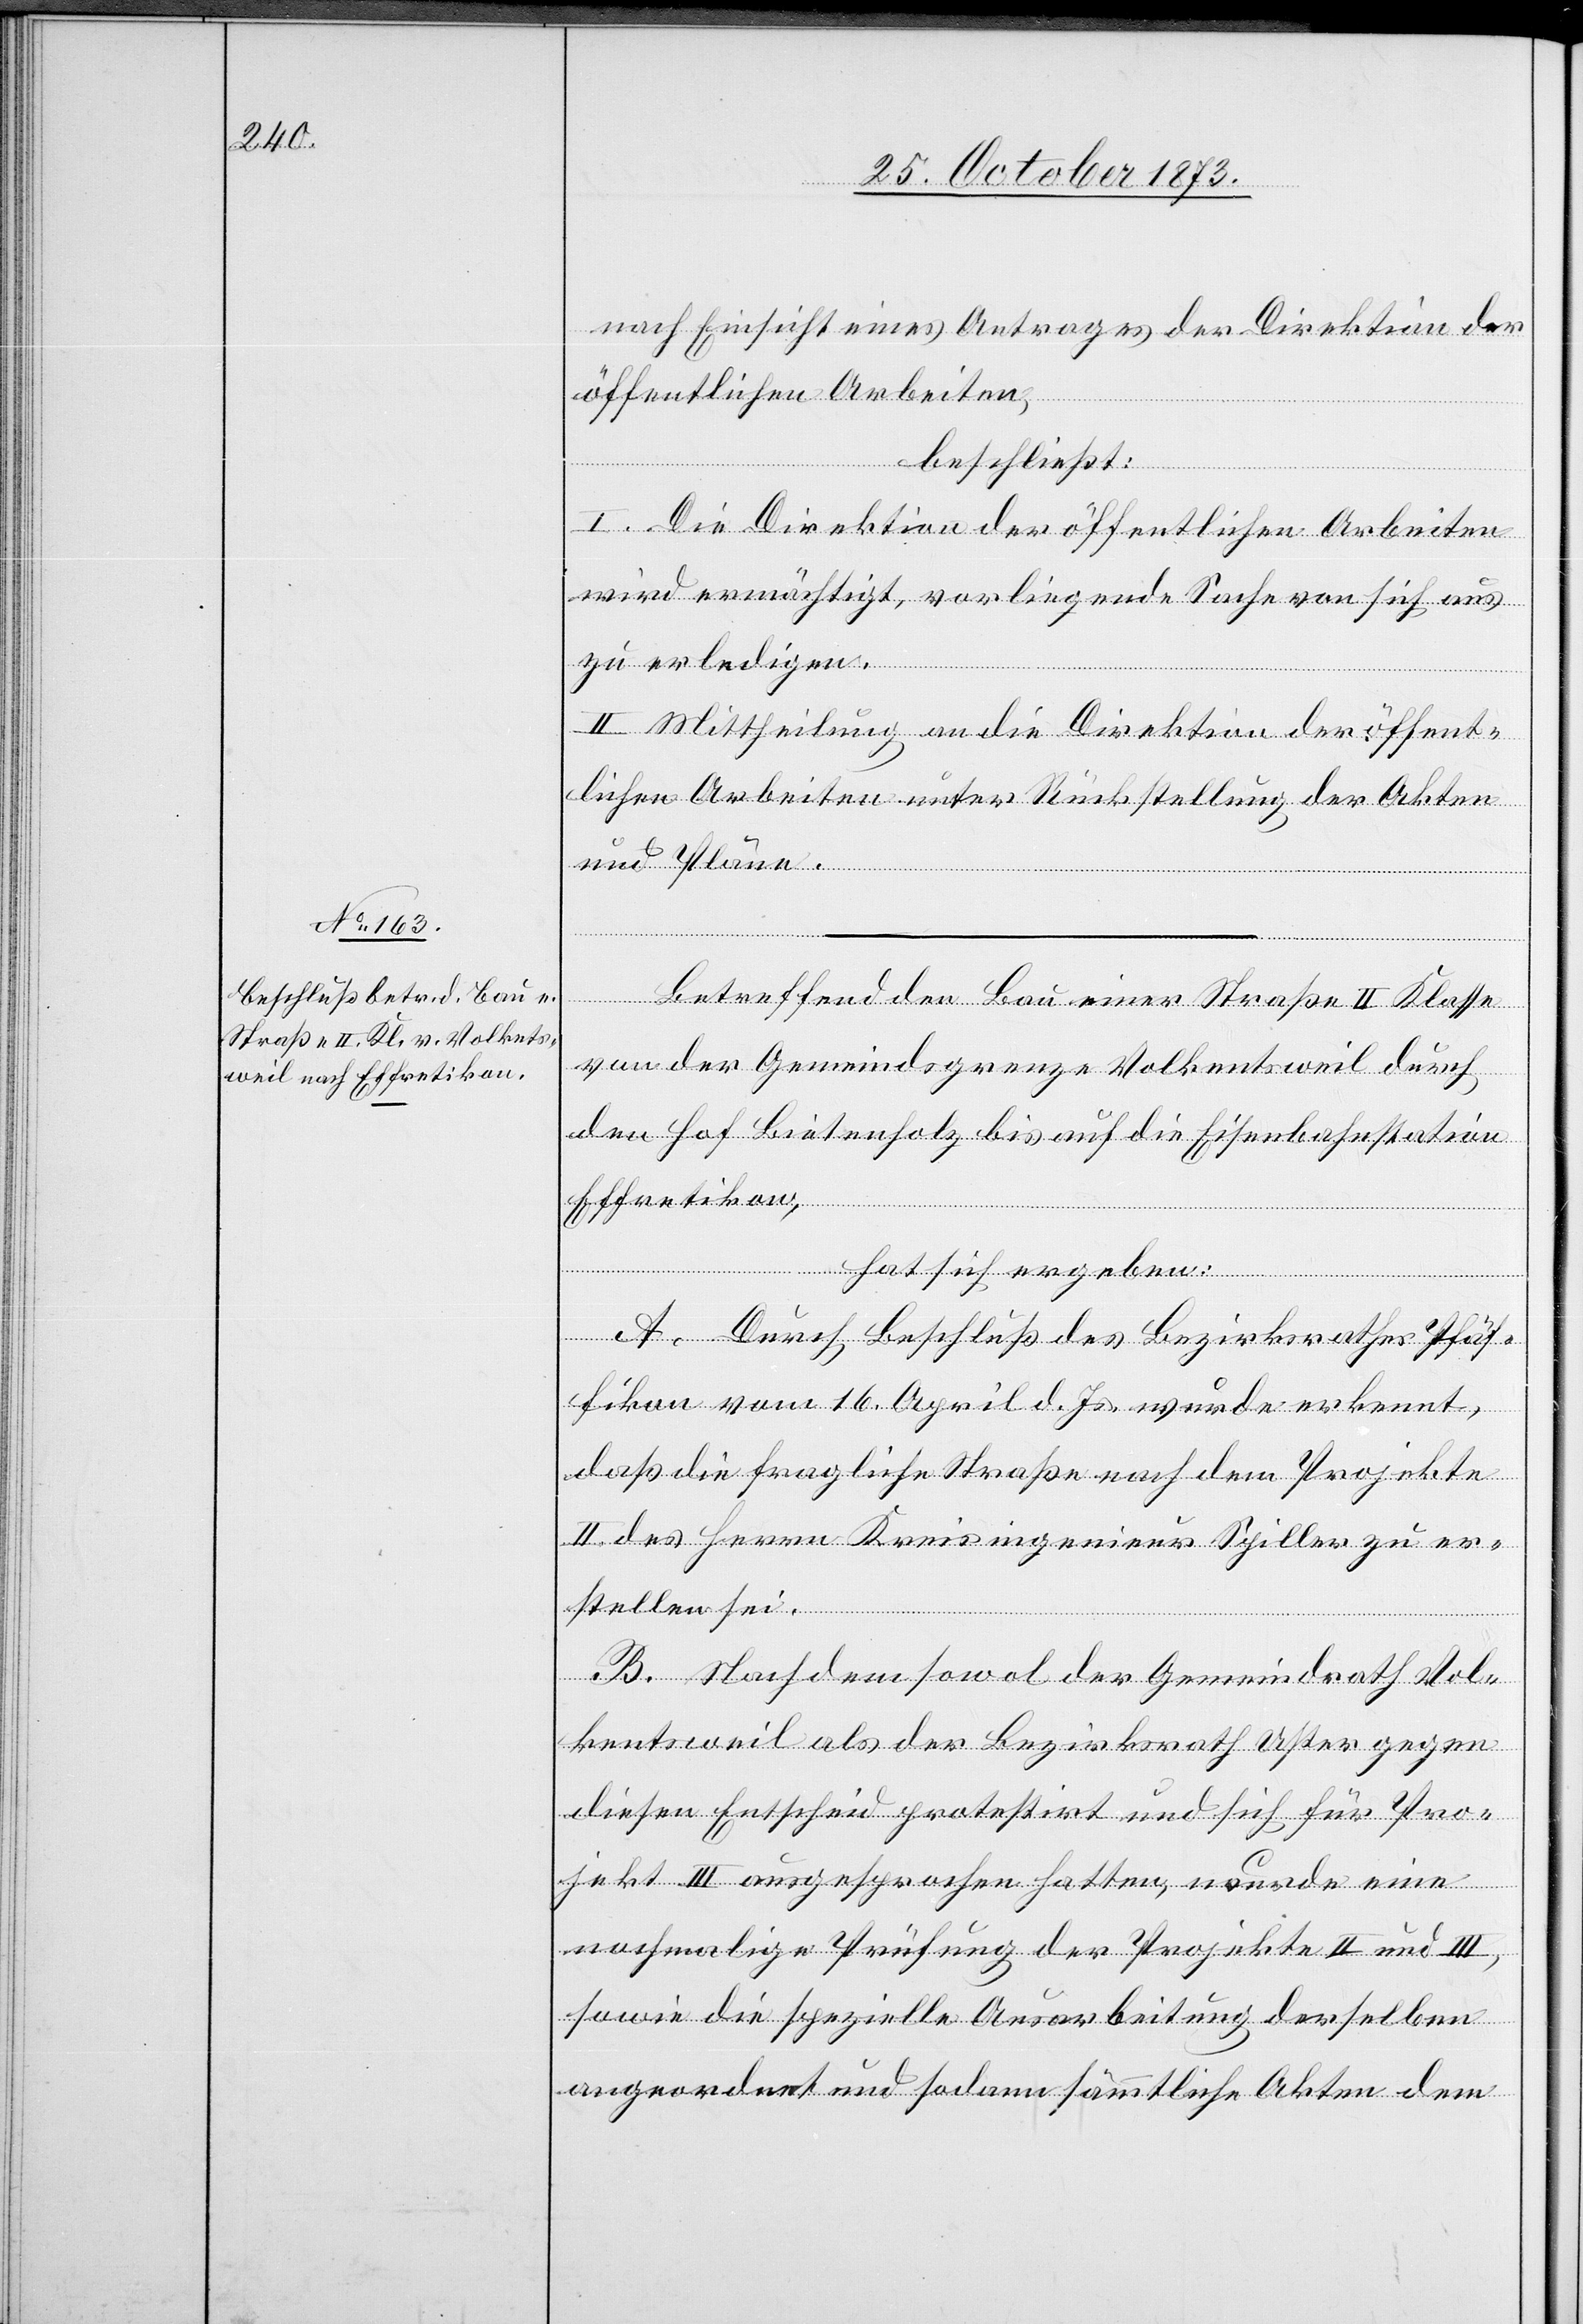
nach Einsicht eines Antrages der Direktion der
öffentlichen Arbeiten,
ergeben:
beschließt:
I. Die Direktion der öffentlichen Arbeiten
wird ermächtigt, vorliegende Sache von sich aus
zu erledigen.
II. Mittheilung an die Direktion der öffent¬
lichen Arbeiten unter Rückstellung der Akten
und Pläne.
Betreffend den Bau einer Straße II Klasse
von der Gemeindsgrenze Volkentsweil [sic!]
den Hof Bietenholz bis auf die Eisenbahnstation
Effretikon,
A. Durch Beschluß des Bezirksrathes Pfäf¬
fikon vom 16. April d. Js. wurde erkennt,
daß die fragliche Straße nach dem Projekte
II des Herrn Kreisingenieur Spiller zu er¬
stellen sei.
B. Nachdem sowol der Gemeindrath Vol¬
kentsweil als der Bezirksrath Uster gegen
diesen Entscheid protestirt und sich für Pro¬
jekt III ausgesprochen hatten, wurde eine
nochmalige Prüfung der Projekte II und III,
sowie die spezielle Ausarbeitung derselben
angeordnet und sodann sämmtliche Akten dem